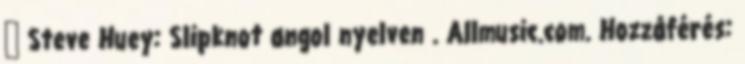
↑ Steve Huey: Slipknot angol nyelven . Allmusic.com. Hozzáférés: